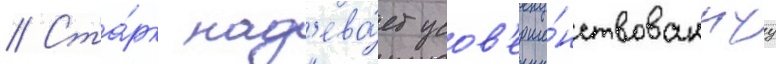
// Ста́рк над'ева́ет усов'ерше́нствованнуу